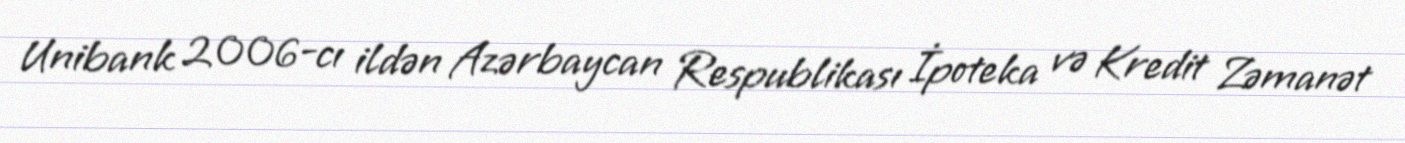
Unibank 2006-cı ildən Azərbaycan Respublikası İpoteka və Kredit Zəmanət